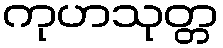
ကုဟသုတ္တ